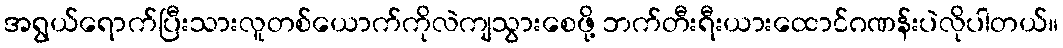
အရွယ်ရောက်ပြီးသားလူတစ်ယောက်ကိုလဲကျသွားစေဖို့ ဘက်တီးရီးယားထောင်ဂဏန်းပဲလိုပါတယ်။